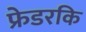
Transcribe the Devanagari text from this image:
फ्रेडरकि